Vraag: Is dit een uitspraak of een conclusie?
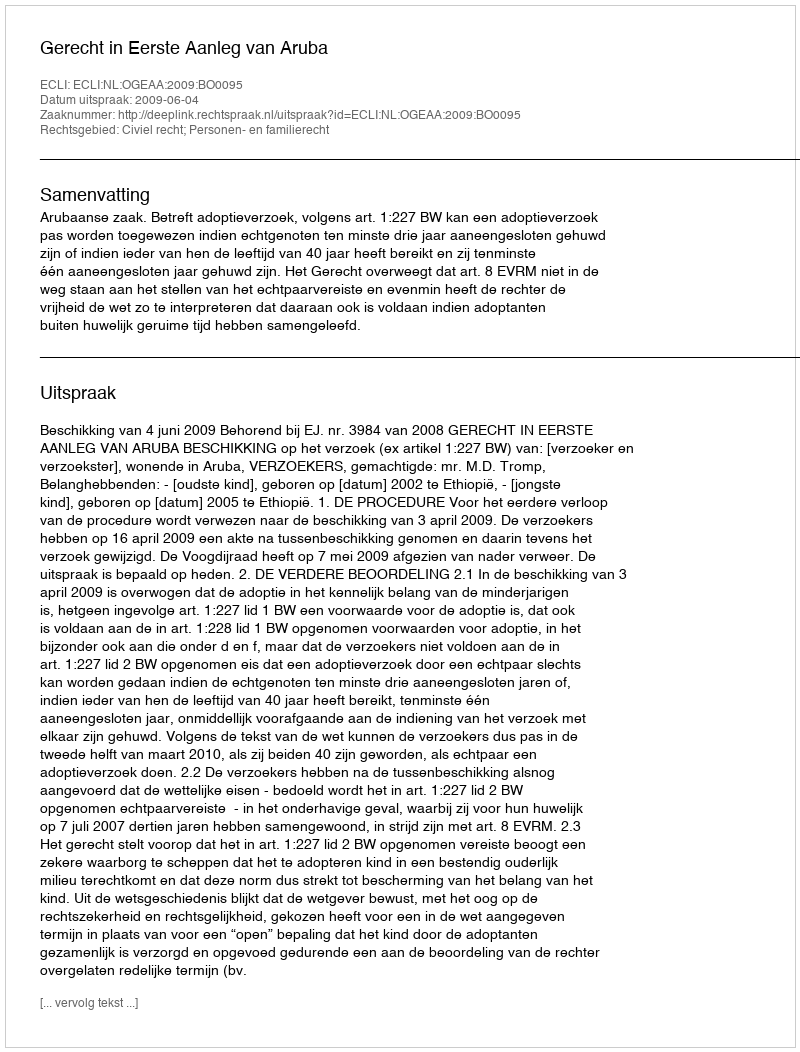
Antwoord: Uitspraak